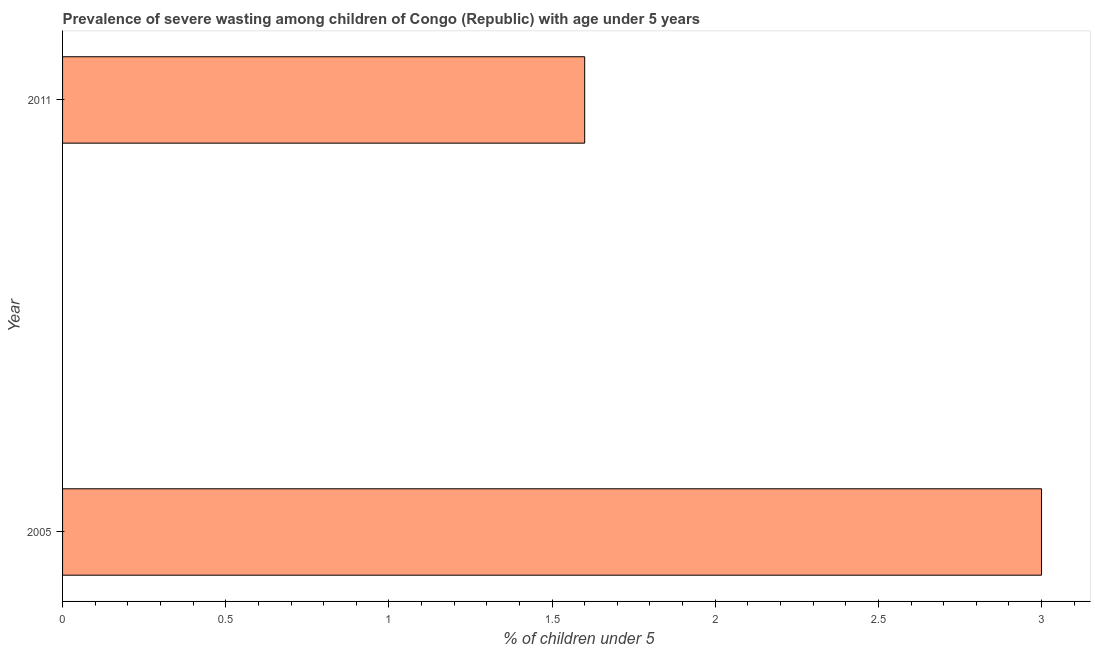
| Year | Prevalence of severe wasting |
 | --- | --- |
 | 2005 | 3 |
 | 2011 | 1.6 |